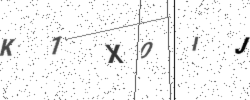
Text: K1X0IJ